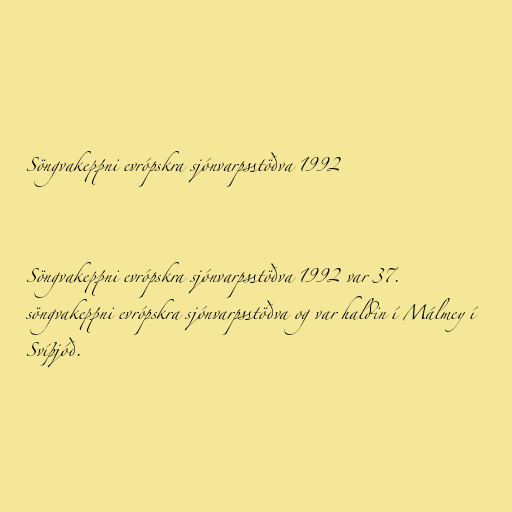
Söngvakeppni evrópskra sjónvarpsstöðva 1992

Söngvakeppni evrópskra sjónvarpsstöðva 1992 var 37.
söngvakeppni evrópskra sjónvarpsstöðva og var haldin í Málmey í
Svíþjóð.